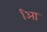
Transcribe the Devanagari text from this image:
आि